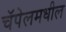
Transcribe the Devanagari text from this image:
चॅपेलमधील